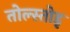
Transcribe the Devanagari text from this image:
तोल्स्तोइ